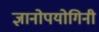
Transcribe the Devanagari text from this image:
ज्ञानोपयोगिनी